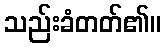
သည်းခံတတ်၏။